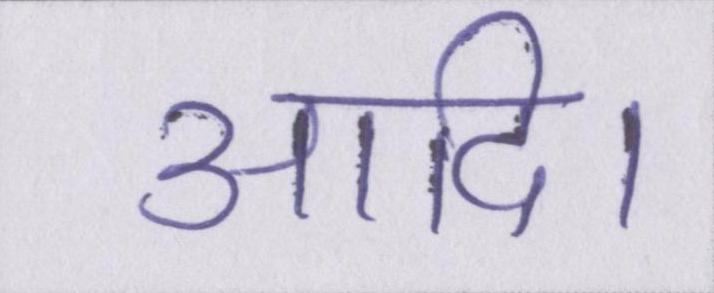
आदि।